Report on horse surra - Volume II, Part I
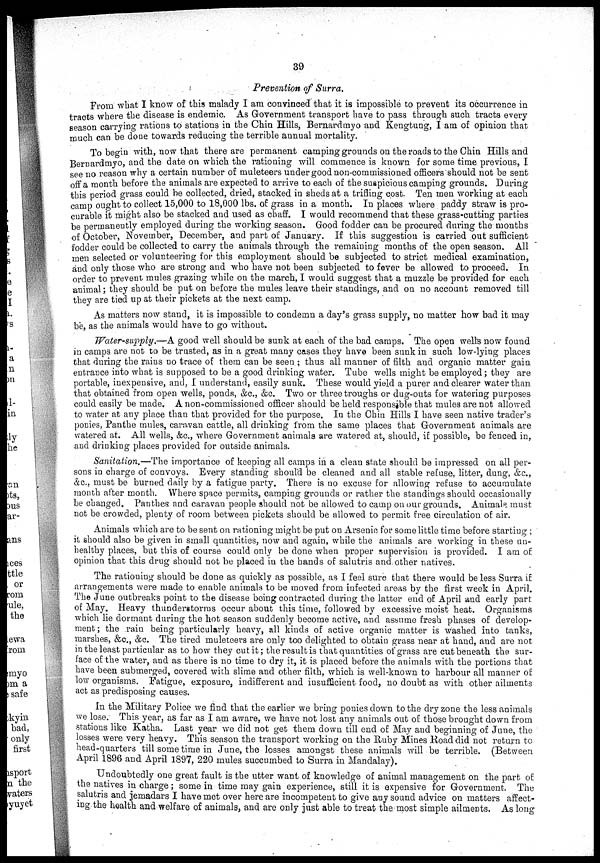
39
Prevention of Surra.
From what I know of this malady I am convinced that it is impossible to prevent its occurrence in
tracts where the disease is endemic. As Government transport have to pass through such tracts every
season carrying rations to stations in the Chin Hills, Bernardmyo and Kengtung, I am of opinion that
much can be done towards reducing the terrible annual mortality.
To begin with, now that there are permanent camping grounds on the roads to the Chin Hills and
Bernardmyo, and the date on which the rationing will commence is known for some time previous, I
see no reason why a certain number of muleteers under good non-commissioned officers should not be sent
off a month before the animals are expected to arrive to each of the suspicious camping grounds. During
this period grass could be collected, dried, stacked in sheds at a trifling cost. Ten men working at each
camp ought to collect 15,000 to 18,000 lbs. of grass in a month. In places where paddy straw is pro-
curable it might also be stacked and used as chaff. I would recommend that these grass-cutting parties
be permanently employed during the working season. Good fodder can be procured during the months
of October, November, December, and part of January. If this suggestion is carried out sufficient
fodder could be collected to carry the animals through the remaining months of the open season. All
men selected or volunteering for this employment should be subjected to strict medical examination,
ánd only those who are strong and who have not been subjected to fever be allowed to proceed. In
order to prevent mules grazing while on the march, I would suggest that a muzzle be provided for each
animal ; they should be put on before the mules leave their standings, and on no account removed till
they are tied up at their pickets at the next camp.
As matters now stand, it is impossible to condemn a day's grass supply, no matter how bad it may
be, as the animals would have to go without.
Water-supply.—A good well should be sunk at each of the bad camps. The open wells now found
in camps are not to be trusted, as in a great many cases they have been sunk in such low-lying places
that during the rains no trace of them can be seen ; thus all manner of filth and organic matter gain
entrance into what is supposed to be a good drinking water. Tube wells might be employed; they are
portable, inexpensive, and, I understand, easily sunk. These would yield a purer and clearer water than
that obtained from open wells, ponds, &c., &c. Two or three troughs or dug-outs for watering purposes
could easily be made. A non-commissioned officer should be held responsible that mules are not allowed
to water at any place than that provided for the purpose. In the Chin Hills I have seen native trader's
ponies, Panthe mules, caravan cattle, all drinking from the same places that Government animals are
watered at. All wells, &c., where Government animals are watered at, should, if possible, be fenced in,
and drinking places provided for outside animals.
Sanitation.—The importance of keeping all camps in a clean state should be impressed on all per-
sons in charge of convoys. Every standing should be cleaned and all stable refuse, litter, dung, &c.,
&c., must be burned daily by a fatigue party. There is no excuse for allowing refuse to accumulate
month after month. Where space permits, camping grounds or rather the standings should occasionally
be changed. Panthes and caravan people should not be allowed to camp on our grounds. Animals must
not be crowded, plenty of room between pickets should be allowed to permit free circulation of air.
Animals which are to be sent on rationing might be put on Arsenic for some little time before starting ;
it should also be given in small quantities, now and again, while the animals are working in these un-
healthy places, but this of course could only be done when proper supervision is provided. I am of
opinion that this drug should not be placed in the hands of salutris and other natives.
The rationing should be done as quickly as possible, as I feel sure that there would be less Surra if
arrangements were made to enable animals to be moved from infected areas by the first week in April.
The June outbreaks point to the disease being contracted during the latter end of April and early part
of May. Heavy thunderstorms occur about this time, followed by excessive moist heat. Organisms
which lie dormant during the hot season suddenly become active, and assume fresh phases of develop-
ment; the rain being particularly heavy, all kinds of active organic matter is washed into tanks,
marshes, &c., &c. The tired muleteers are only too delighted to obtain grass near at hand, and are not
in the least particular as to how they cut it ; the result is that quantities of grass are cut beneath the sur-
face of the water, and as there is no time to dry it, it is placed before the animals with the portions that
have been submerged, covered with slime and other filth, which is well-known to harbour all manner of
low organisms. Fatigue, exposure, indifferent and insufficient food, no doubt as with other ailments
act as predisposing causes.
In the Military Police we find that the earlier we bring ponies down to the dry zone the less animals
we lose. This year, as far as I am aware, we have not lost any animals out of those brought down from
stations like Katha. Last year we did not get them down till end of May and beginning of June, the
losses were very heavy. This season the transport working on the Ruby Mines Road did not return to
head-quarters till some time in June, the losses amongst these animals will be terrible. (Between
April 1896 and April 1897, 220 mules succumbed to Surra in Mandalay).
Undoubtedly one great fault is the utter want of knowledge of animal management on the part of
the natives in charge ; some in time may gain experience, still it is expensive for Government. The
salutris and jemadars I have met over here are incompetent to give any sound advice on matters affect-
ing the health and welfare of animals, and are only just able to treat the most simple ailments. As long